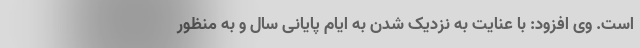
است. وی افزود: با عنایت به نزدیک شدن به ایام پایانی سال و به منظور